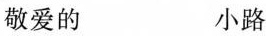
敬爱的 小路